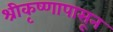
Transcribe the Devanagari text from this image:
श्रीकृष्णापासून